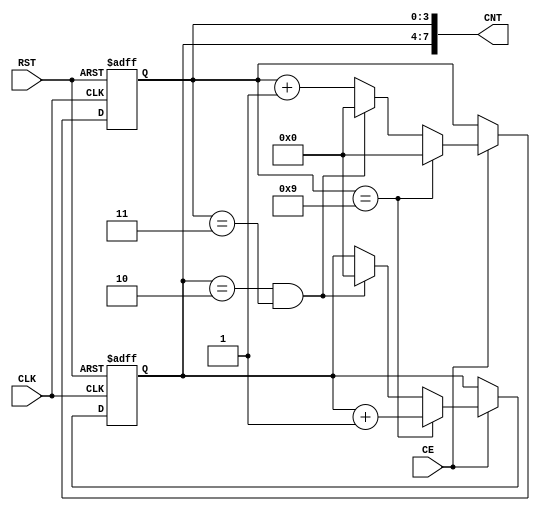
module counter12( CLK, RST, CE, CNT );
   input        CLK, RST, CE;
   output [7:0] CNT;
  
   reg [3:0] 	d1, d0;
  
   always @( posedge CLK or posedge RST )
     begin
	if( RST ) 
	  begin
	     d1<=0; 
	     d0<=0; 
	  end
	else if( CE )
	  begin
	    if( d0 == 9 ) 
		   begin 
		     d0 <= 0;
		     d1 <= d1 + 4'd1; 
		   end
	    else if( d1 == 2 && d0 == 3 )
		    begin
		      d1 <= 0;
		      d0 <= 0;
		    end
	    else
		    d0 <= d0 + 4'd1;
	  end
   end
     
   assign CNT = { d1, d0 };

endmodule